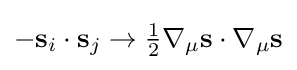
-\mathbf {s} _{i}\cdot \mathbf {s} _{j}\to {\tfrac {1}{2}}\nabla _{\mu }\mathbf {s} \cdot \nabla _{\mu }\mathbf {s}